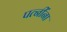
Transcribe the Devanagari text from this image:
पत्‍नींना